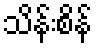
သိန်းစိန်